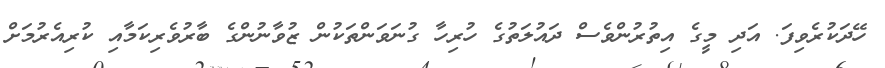
ހޭދަކުރެވިފަ. އަދި މީގެ އިތުރުންވެސް ދައުލަތުގެ ހުރިހާ ގުނަވަންތަކުން ޒުވާނުންގެ ބާރުވެރިކަމާއި ކުރިއެރުމަށް